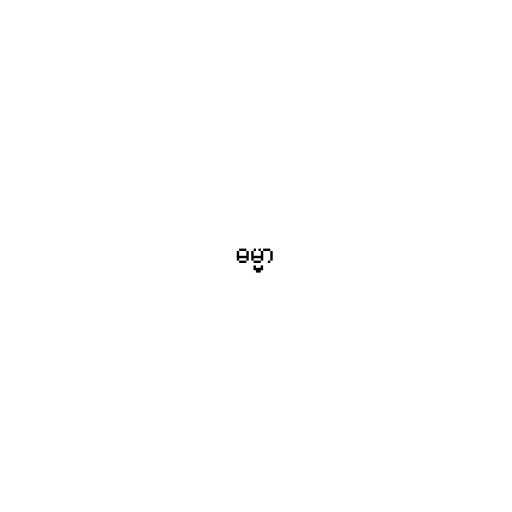
ဓမ္မာ